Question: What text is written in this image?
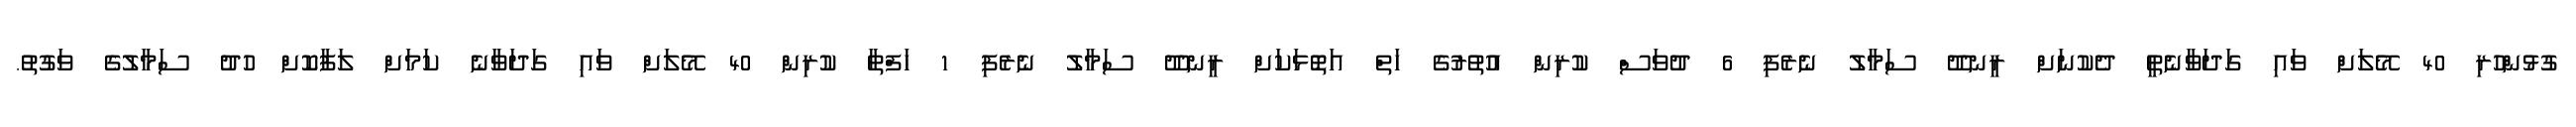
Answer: ގުޅުންހުރި 40 މޭލަށް ވައި ގަދަވާނެތީ ދެކުނަށް ރީނދޫ ސަމާލު ނެރެފި 6 ދުވަސް ކުރިން އުތުރުގެ ހަތް އަތޮޅަކަށް ރީނދޫ ސަމާލު ނެރެފި 1 ހަފްތާ ކުރިން 40 މޭލަށް ވައި ގަދަވާނެ ކަމަށް ލަފާކޮށް ހުދު ސަމާލުގެ ވަގުތު.